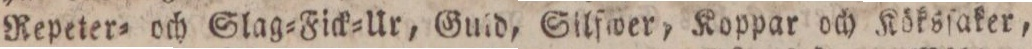
Repeter= och Slag=Fick=Ur, Guld, Silfwer, Koppar och Köksſaker,